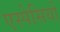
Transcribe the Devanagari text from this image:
एस्पेसियो